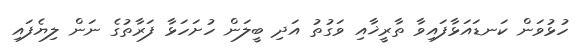
ހުޅުވަން ކަނޑައަޅާފައިވާ ތާރީޚާއި ވަގުތު އަދި ބީލަން ހުށަހަޅާ ފަރާތުގެ ނަން ލިޔެފައި